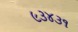
૯૩૪૩૧